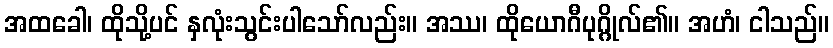
အထခေါ၊ ထိုသို့ပင် နှလုံးသွင်းပါသော်လည်း။ အဿ၊ ထိုယောဂီပုဂ္ဂိုလ်၏။ အဟံ၊ ငါသည်။